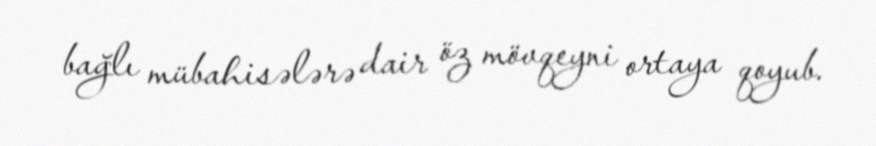
bağlı mübahisələrə dair öz mövqeyni ortaya qoyub.